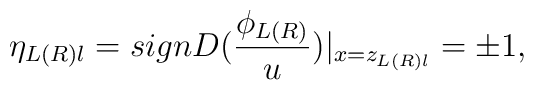
\eta _{L(R)l}=signD(\frac{\phi _{L(R)}}u)|_{x=z_{L(R)l}}=\pm 1,